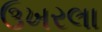
ઉખરલા